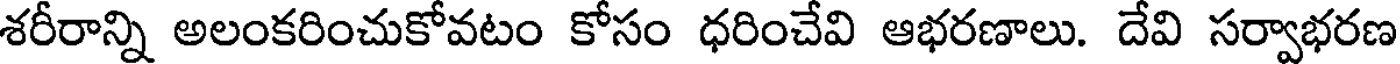
శరీరాన్ని అలంకరించుకోవటం కోసం ధరించేవి ఆభరణాలు. దేవి సర్వాభరణ